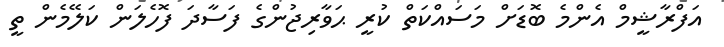
އަފްރާޝީމް އެންމެ ބޮޑަށް މަސައްކަތް ކުރީ ޙަވާރިޖުންގެ ފަސާދަ ފޮހެލަން ކަލޭމެން ތީ